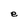
Character: e